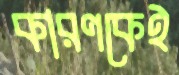
কারণকেই